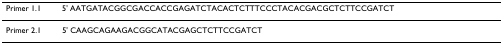
| Primer 1.1 | 5' AATGATACGGCGACCACCGAGATCTACACTCTTTCCCTACACGACGCTCTTCCGATCT |
 | --- | --- |
 | Primer 2.1 | 5' CAAGCAGAAGACGGCATACGAGCTCTTCCGATCT |